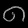
Digit: ၈